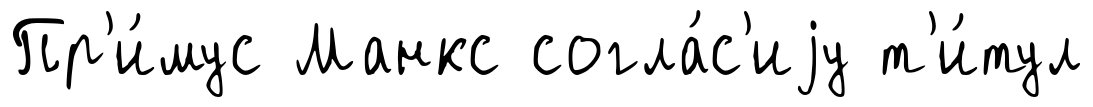
Пр'и́мус Манкс согла́с'иjу т'и́тул